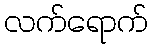
လက်ရောက်